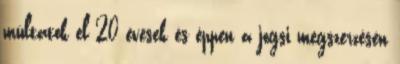
múltatok el 20 évesek és éppen a jogsi megszerzésén